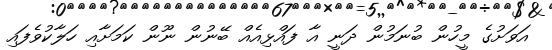
އަވަށުގެ މީހުން ބުނަމުން ދަނީ އާ ފައްޅިއެއް ބޭނުން ނޫން ކަމަށާއި ހަލާކުވެފައި